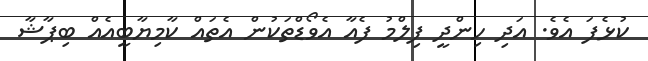
ކުޅެފަ އެވެ. އަދި ހިންދީ ފިލްމު ފެއާ އެވޯޑްތަކުން އެތައް ކާމިޔާބީއެއް ބިޕާޝާ